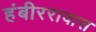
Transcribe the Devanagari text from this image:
हंबीररावास